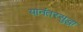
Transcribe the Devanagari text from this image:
यानंतरसुद्धा